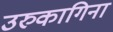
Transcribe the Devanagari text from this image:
उरुकागिना